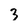
Character: 3